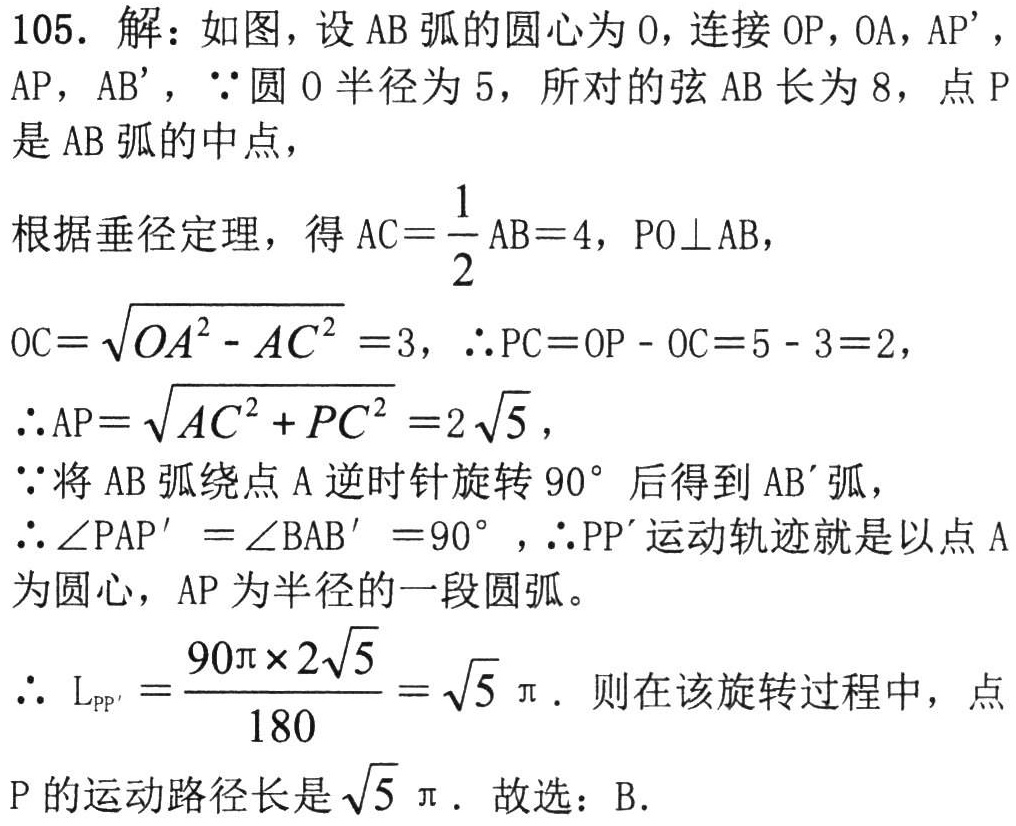
105. 解：如图，设 \(AB\) 弧的圆心为 \(O\)，连接 \(OP\)，\(OA\)，\(AP'\)，\(AP\)，\(AB'\)，\(\because\) 圆 \(O\) 半径为 \(5\)，所对的弦 \(AB\) 长为 \(8\)，点 \(P\) 是 \(AB\) 弧的中点，

根据垂径定理，得 \(AC = \dfrac{1}{2}AB = 4\)，\(PO\perp AB\)，

\(OC = \sqrt{OA^{2} - AC^{2}} = 3\)，\(\therefore PC = OP - OC = 5 - 3 = 2\)，

\(\therefore AP = \sqrt{AC^{2} + PC^{2}} = 2\sqrt{5}\)，

\(\because\) 将 \(AB\) 弧绕点 \(A\) 逆时针旋转 \(90^{\circ}\) 后得到 \(AB'\) 弧，

\(\therefore \angle PAP' = \angle BAB' = 90^{\circ}\)，\(\therefore PP'\) 运动轨迹就是以点 \(A\) 为圆心，\(AP\) 为半径的一段圆弧。

\(\therefore L_{PP'} = \dfrac{90\pi\times 2\sqrt{5}}{180} = \sqrt{5}\pi\). 则在该旋转过程中，点 \(P\) 的运动路径长是 \(\sqrt{5}\pi\). 故选：B.